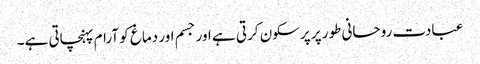
عبادت روحانی طور پر پرسکون کرتی ہے اور جسم اور دماغ کو آرام پہنچاتی ہے۔